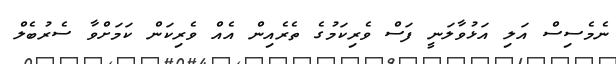
ނެމެސިސް އަލި އަޅުވާލަނީ ފަސް ވެރިކަމުގެ ތެރެއިން އެއް ވެރިކަން ކަމަށްވާ ސެރުބެލް